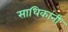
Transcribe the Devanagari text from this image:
साधिकांनी